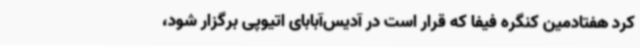
کرد هفتادمین کنگره فیفا که قرار است در آدیس‌آبابای اتیوپی برگزار شود،